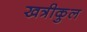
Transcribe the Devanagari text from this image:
खत्रीकुल